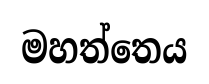
මහත්තෙය